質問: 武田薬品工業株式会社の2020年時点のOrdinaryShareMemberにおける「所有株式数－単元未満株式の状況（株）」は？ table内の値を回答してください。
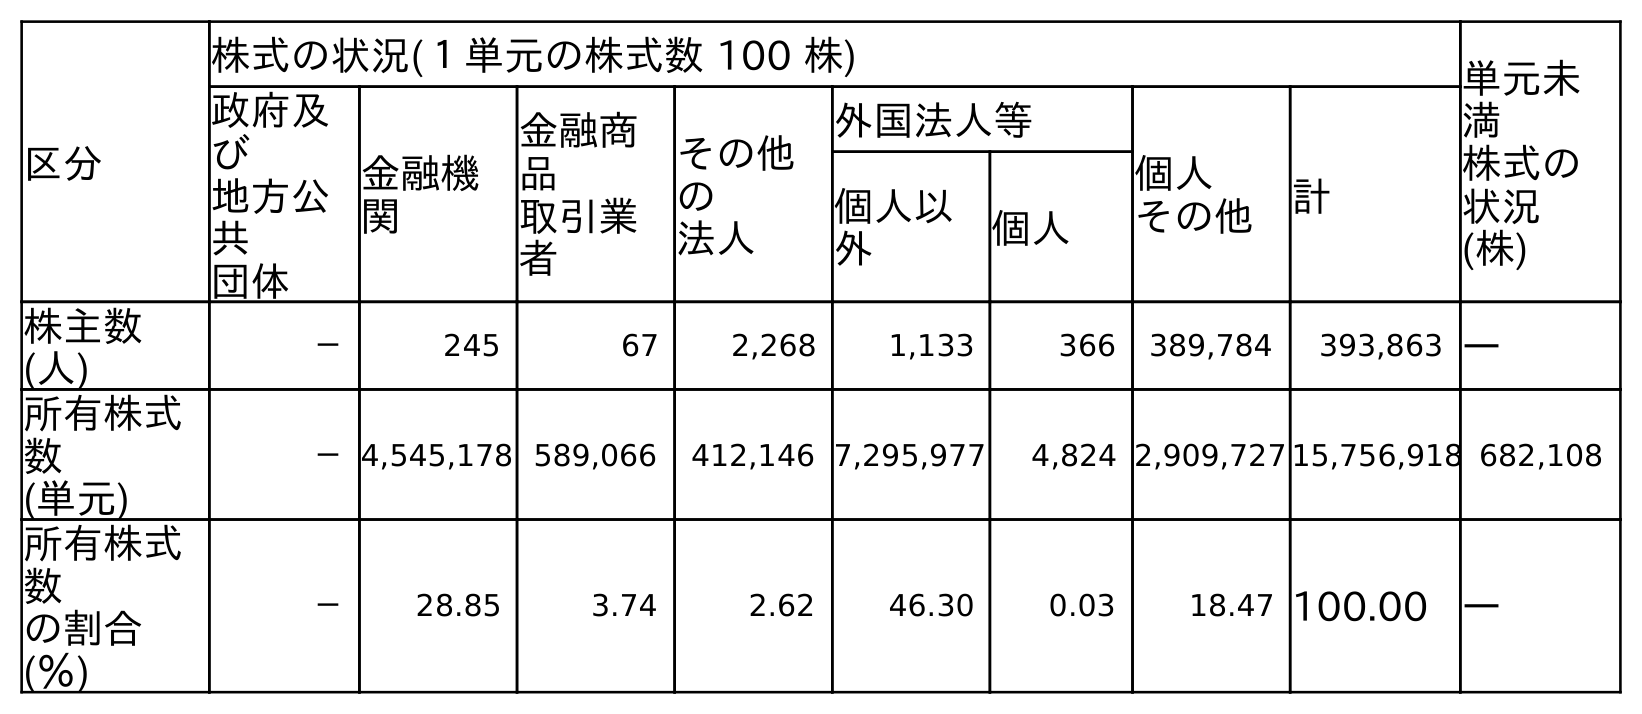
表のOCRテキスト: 区分 株式の状況(１単元の株式数 100 株) 単元未 満 株式の 状況 (株) 政府及 び 地方公 共 団体 金融機 関 金融商 品 取引業 者 その他 の 法人 外国法人等 個人 その他 計 個人以 外 個人 株主数 (人) － 245 67 2,268 1,133 366 389,784 393,863 ― 所有株式 数 (単元) －4,545,178 589,066 412,146 7,295,977 4,824 2,909,727 15,756,918 682,108 所有株式 数 の割合 (％) － 28.85 3.74 2.62 46.30 0.03 18.47 100.00 ―
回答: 682,108